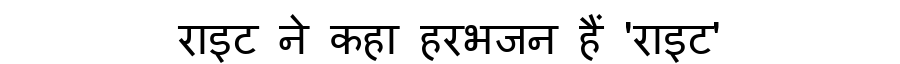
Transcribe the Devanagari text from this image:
राइट ने कहा हरभजन हैं 'राइट'